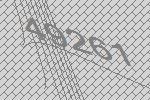
49261